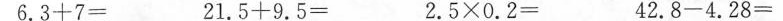
6.3 + 7= 21.5 + 9.5= 2.5 × 0.2=